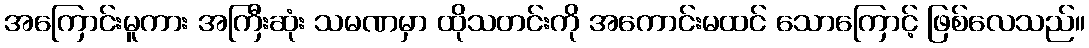
အကြောင်းမူကား အကြီးဆုံး သမဏမှာ ထိုသတင်းကို အကောင်းမထင် သောကြောင့် ဖြစ်လေသည်။